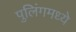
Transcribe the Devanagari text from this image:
पुलिंगमध्ये